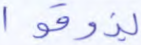
يذوقوا